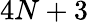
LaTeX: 4N+3